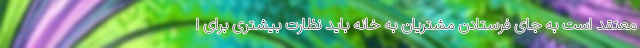
معتقد است به جای فرستادن مشتریان به خانه باید نظارت بیشتری برای ا